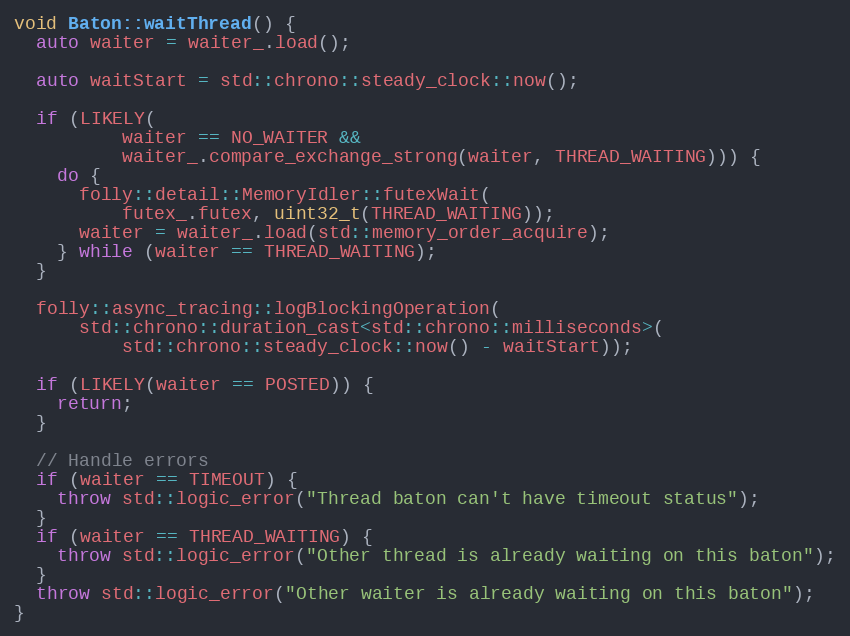
Language: C++
void Baton::waitThread() {
  auto waiter = waiter_.load();

  auto waitStart = std::chrono::steady_clock::now();

  if (LIKELY(
          waiter == NO_WAITER &&
          waiter_.compare_exchange_strong(waiter, THREAD_WAITING))) {
    do {
      folly::detail::MemoryIdler::futexWait(
          futex_.futex, uint32_t(THREAD_WAITING));
      waiter = waiter_.load(std::memory_order_acquire);
    } while (waiter == THREAD_WAITING);
  }

  folly::async_tracing::logBlockingOperation(
      std::chrono::duration_cast<std::chrono::milliseconds>(
          std::chrono::steady_clock::now() - waitStart));

  if (LIKELY(waiter == POSTED)) {
    return;
  }

  // Handle errors
  if (waiter == TIMEOUT) {
    throw std::logic_error("Thread baton can't have timeout status");
  }
  if (waiter == THREAD_WAITING) {
    throw std::logic_error("Other thread is already waiting on this baton");
  }
  throw std::logic_error("Other waiter is already waiting on this baton");
}